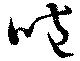
咆